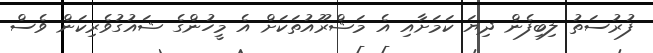
ފުރުސަތު ލިބިފެން ދިޔަ ކަމަށާއި އެ މަޝްރޫއުތަކަަށް އެ މީހުންގެ ޝައުގުވެރިކަން ވެސް